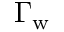
\Gamma _ { \mathrm { w } }